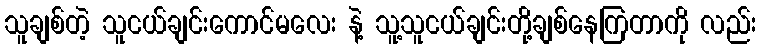
သူချစ်တဲ့ သူငယ်ချင်းကောင်မလေး နဲ့ သူ့သူငယ်ချင်းတို့ချစ်နေကြတာကို လည်း